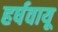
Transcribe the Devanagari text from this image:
हर्षवायू